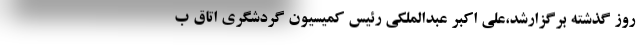
روز گذشته برگزارشد،علی اکبر عبدالملکی رئیس کمیسیون گردشگری اتاق ب